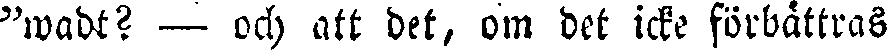
"wadt? — och att det, om det icke förbättras